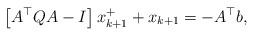
LaTeX: \begin{align*}\left[A^\top QA-I\right]x_{k+1}^++x_{k+1}=-A^\top b, \end{align*}